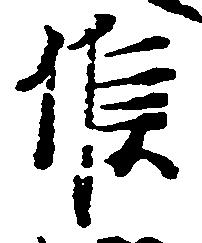
候